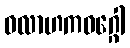
ဝလာဟကဝဂ္ဂေါ